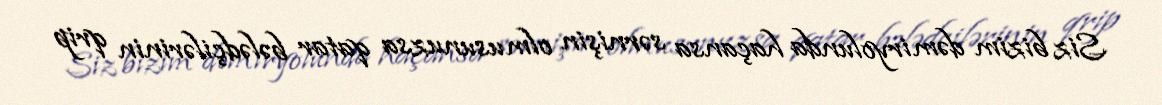
Siz bizim dəmiryolunda haçansa sərnişin olmusunuzsa qatar bələdçilərinin qrip